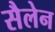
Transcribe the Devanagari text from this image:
सैलेन